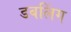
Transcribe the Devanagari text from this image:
डबलिंग